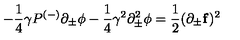
- \frac { 1 } { 4 } \gamma P ^ { ( - ) } \partial _ { \pm } \phi - \frac { 1 } { 4 } \gamma ^ { 2 } \partial _ { \pm } ^ { 2 } \phi = \frac { 1 } { 2 } ( \partial _ { \pm } { \bf f } ) ^ { 2 }